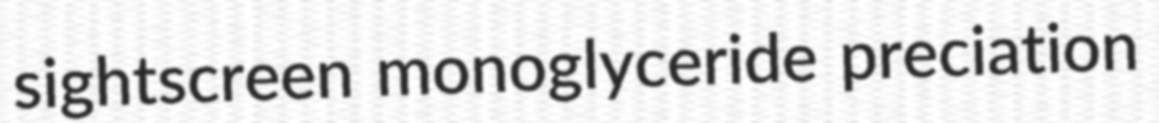
sightscreen monoglyceride preciation